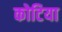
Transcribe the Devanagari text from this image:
कोटिया